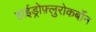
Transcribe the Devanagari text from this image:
हाईड्रोफ़्लुरोकर्बोन